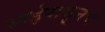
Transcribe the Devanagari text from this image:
आईपासूनच